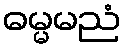
ဓမ္မမညံ